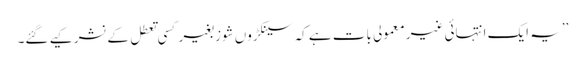
’’یہ ایک انتہائی غیر معمولی بات ہے کہ سینکڑوں شوز بغیر کسی تعطل کے نشر کیے گئے۔